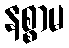
နစ္စာမ